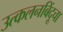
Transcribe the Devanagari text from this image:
उत्कलनबिंदूचा